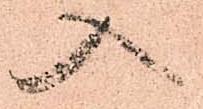
入